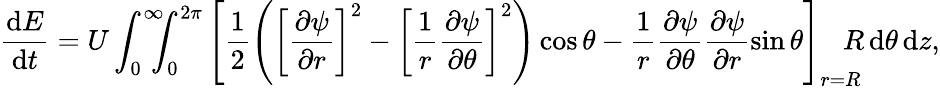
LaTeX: \frac{\mathrm{d}E}{\mathrm{d}t}=U\int_{0}^{\infty}\! \! \! \! \int_{0}^{2\pi}\left[\frac{1}{2}\left(\left[\frac{\partial\psi}{\partial r}\right]^{2}-\left[\frac{1}{r}\frac{\partial\psi}{\partial\theta}\right]^{2}\right)\cos\theta-\frac{1}{r}\frac{\partial\psi}{\partial\theta}\frac{\partial\psi}{\partial r}\sin\theta\right]_{r=R}\! \! \! \! R\, \textrm{d}\theta\, \textrm{d}z,